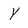
Character: Y